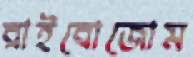
রাইবোজোম